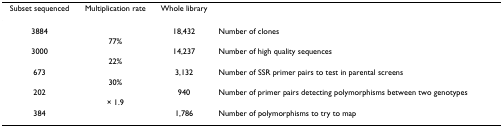
<table><thead><tr><td><b>Subset sequenced</b></td><td><b>Multiplication rate</b></td><td><b>Whole library</b></td><td></td></tr></thead><tbody><tr><td>3884</td><td></td><td>18,432</td><td>Number of clones</td></tr><tr><td></td><td>77%</td><td></td><td></td></tr><tr><td>3000</td><td></td><td>14,237</td><td>Number of high quality sequences</td></tr><tr><td></td><td>22%</td><td></td><td></td></tr><tr><td>673</td><td></td><td>3,132</td><td>Number of SSR primer pairs to test in parental screens</td></tr><tr><td></td><td>30%</td><td></td><td></td></tr><tr><td>202</td><td></td><td>940</td><td>Number of primer pairs detecting polymorphisms between two genotypes</td></tr><tr><td></td><td>× 1.9</td><td></td><td></td></tr><tr><td>384</td><td></td><td>1,786</td><td>Number of polymorphisms to try to map</td></tr></tbody></table>